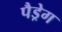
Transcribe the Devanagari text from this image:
पैड्रेग